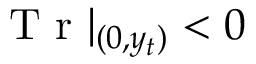
\mathrm { ~ T ~ r ~ } | _ { ( 0 , y _ { t } ) } < 0